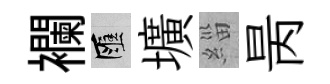
襴匯壙緇昺